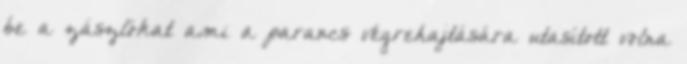
be a zászlókat ami a parancs végrehajtására utasított volna